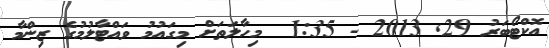
އޮކްޓޯބަރު 29